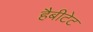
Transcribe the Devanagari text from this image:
हैबीटेट